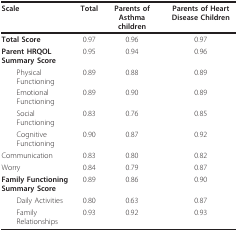
| Scale | Total | Parents of Asthma children | Parents of Heart Disease Children |
 | --- | --- | --- | --- |
 | Total Score | 0.97 | 0.96 | 0.97 |
 | Parent HRQOL Summary Score | 0.95 | 0.94 | 0.96 |
 | Physical Functioning | 0.89 | 0.88 | 0.89 |
 | Emotional Functioning | 0.89 | 0.90 | 0.89 |
 | Social Functioning | 0.83 | 0.76 | 0.85 |
 | Cognitive Functioning | 0.90 | 0.87 | 0.92 |
 | Communication | 0.83 | 0.80 | 0.82 |
 | Worry | 0.84 | 0.79 | 0.87 |
 | Family Functioning Summary Score | 0.89 | 0.86 | 0.90 |
 | Daily Activities | 0.80 | 0.63 | 0.87 |
 | Family Relationships | 0.93 | 0.92 | 0.93 |